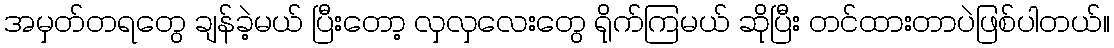
အမှတ်တရတွေ ချန်ခဲ့မယ် ပြီးတော့ လှလှလေးတွေ ရိုက်ကြမယ် ဆိုပြီး တင်ထားတာပဲဖြစ်ပါတယ်။